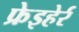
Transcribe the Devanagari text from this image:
फ्रेइहेर्र